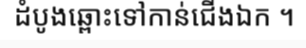
ដំបូងឆ្ពោះទៅកាន់ជើងឯក ។